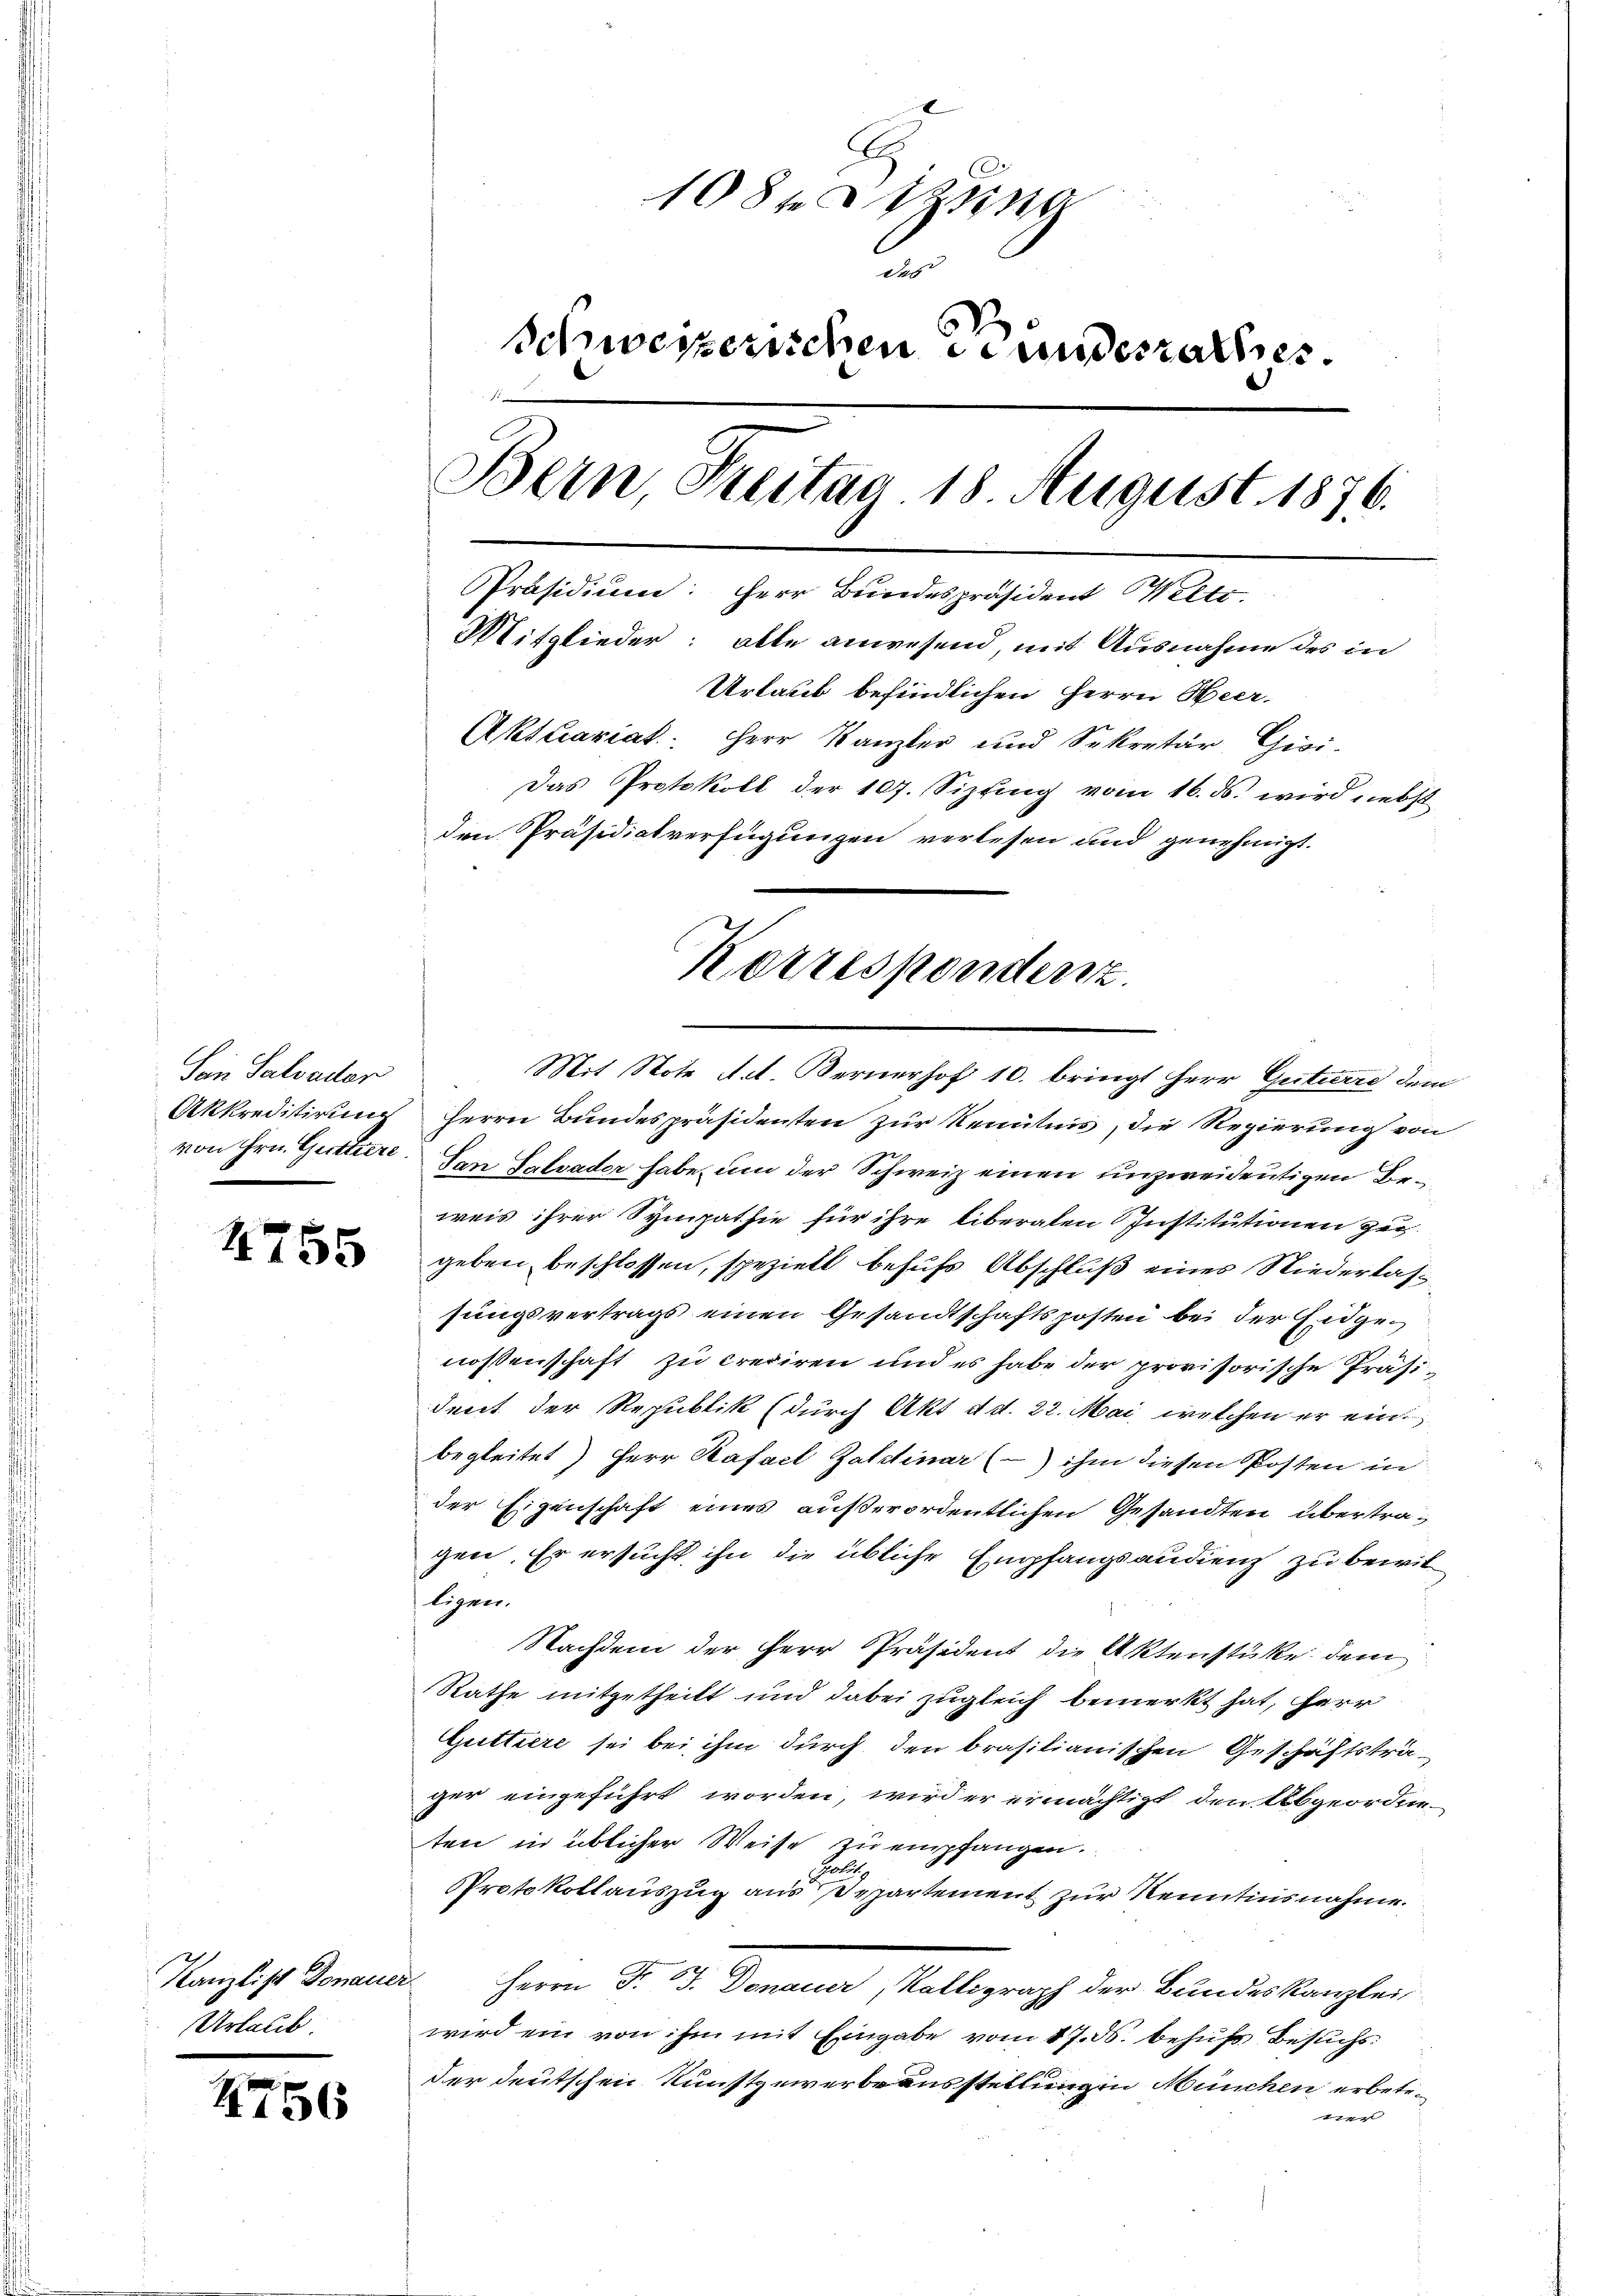
Sein Salvader

4755

Kanzlist Donauer
Urlaub

4756

108 Sizing
da
Schweizerischen Bundesrathes.
Bern, Freitag 18. August 1876.
Präsidium: Herr Bundespräsident Welti.
Mitglieder: alle anwesend, mit Ausnahme des in
Urlaub befindlichen Herrn Heer-
Aktuariak. Herr Kanzler und Sekretär Gisi-
Das Protokoll der 107. Sizting vom 16. ds. wird nebst
den Präsidialverfügungen verlesen und genehmigt.

Mit Note Act. Bernerhof 10. bringt Herr Guterre dem
Akkreditirung herrn Bundespräsidenten zur Kenntnis, die Regierung von
von Hrn. Gerttiere. San Salvater habe, um der Schweiz einen unzweideutigen Beweis ihrer Sympathie für ihre liberalen Institutionen zu
geben beschlossen, speziell behufs Abschluß eines Niederlassungsvertrags einen Gesandtschaftsposten bei der Eidgenossenschaft zu crediren und es habe der provisorische Präsident der Republik (durch Akt d. d. 22. Mai, welchen er einbegleitet) Herr Kafael Zaldinar (- ihm diesen Posten in
der Eigenschaft eines außerordentlichen Gesandten übertragen. Er ersucht, ihn die übliche Empfangsaudienz zu bewil
ligen.
Nachdem der Herr Präsident die Aktenstüke dem
Rathe mitgetheilt und dabei zugleich bemerkt hat, Herr
Guttiere sei bei ihm durch den brasilianischen Geschäftsträger eingeführt worden, wird er ermächtigt, den Abgeordneten in üblicher Weise zu empfangen.
le
Protokollauszug aus Departement zur Renntnisnahme.
Herrn Dr. Dr. Donauer, Walligraph der Bundeskanzlei-
wird ein von ihm mit Eingabe vom 17. ds. behufs Besuchs:
der deutschen Kunstgewerbe ausstellung in München erbetr.
vier

Korrespondenz.